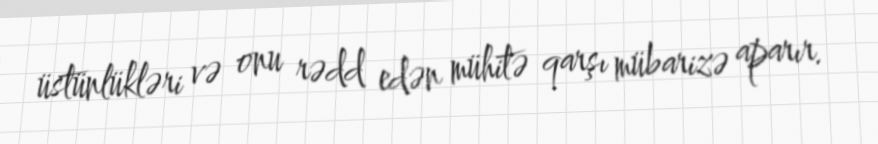
üstünlükləri və onu rədd edən mühitə qarşı mübarizə aparır.